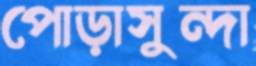
পোড়াসুন্দা